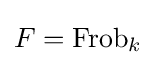
F=\mathrm {Frob} _{k}